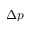
\Delta p